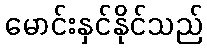
မောင်းနှင်နိုင်သည်